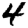
Digit: 4